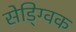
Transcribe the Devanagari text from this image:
सेड्ग्विक